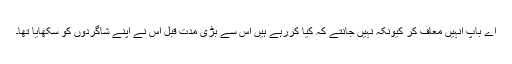
اے باپ انہیں معاف کر کیونکہ نہیں جانتے کہ کیا کررہے ہیں اس سے بڑی مدت قبل اس نے اپنے شاگردوں کو سکھایا تھا۔